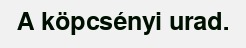
A köpcsényi urad.